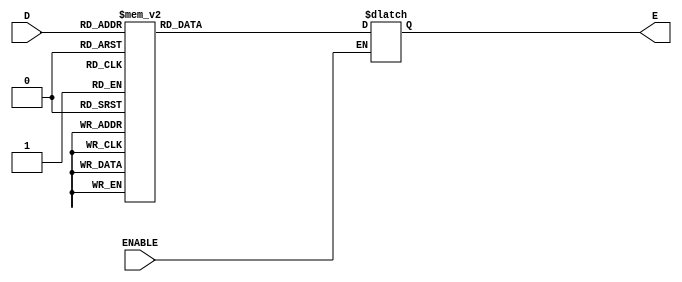
module binaryDecoder(output reg [15:0]E,input [3:0]D, input ENABLE);

	always @ (D,ENABLE)

	if(ENABLE)		// if enable is high enter case

		case(D)

			4'b0000: E = 16'h8000;		//E0 high
			4'b0001: E = 16'h4000;		//E1 high
			4'b0010: E = 16'h2000;		//E2 high
			4'b0011: E = 16'h1000;		//E3 high
			4'b0100: E = 16'h0800;		//E4 high
			4'b0101: E = 16'h0400;		//E5 high
			4'b0110: E = 16'h0200;		//E6 high
			4'b0111: E = 16'h0100;		//E7 high
			4'b1000: E = 16'h0080;		//E8 high
			4'b1001: E = 16'h0040;		//E9 high
			4'b1010: E = 16'h0020;		//E10 high
			4'b1011: E = 16'h0010;		//E11 high
			4'b1100: E = 16'h0008;		//E12 high
			4'b1101: E = 16'h0004;		//E13 high
			4'b1110: E = 16'h0002;		//E14 high
			4'b1111: E = 16'h0001;		//E15 high

		endcase // S	


endmodule // binaryDecoder